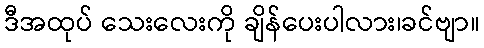
ဒီအထုပ် သေးလေးကို ချိန်ပေးပါလား၊ခင်ဗျာ။